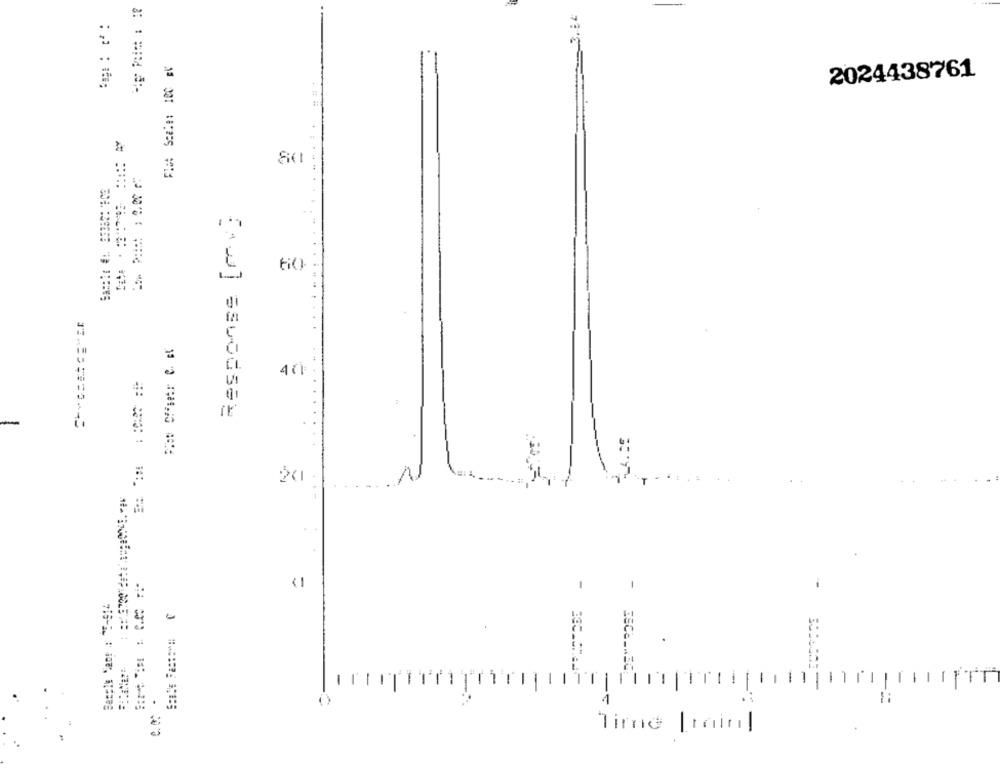
..
Flot Scale: 100 el
2024438761
ti()
40
:
[+] ssuods ==
201
=
-
Besple Mans : "2-914
33
-
...
Timnd
1.